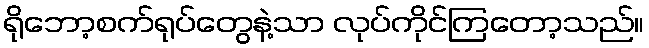
ရိုဘော့စက်ရုပ်တွေနဲ့သာ လုပ်ကိုင်ကြတော့သည်။